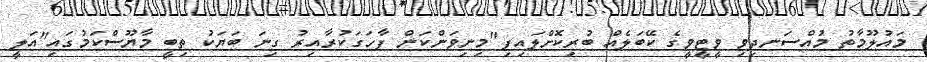
މައުލޫމާތު މުއްސަނދިވި ވީޓީވީގެ ކޭބަލެއް ބުރިކޮށްލައިފި"މިނިވަންކަން ފާހަގަކުރާއިރު ގިނަ ބަޔަކު ތިބީ މާޔޫސްކަމުގައި"އަލީ